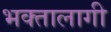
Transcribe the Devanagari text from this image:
भक्‍तालागी